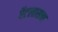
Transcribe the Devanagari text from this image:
ऍटलासचा